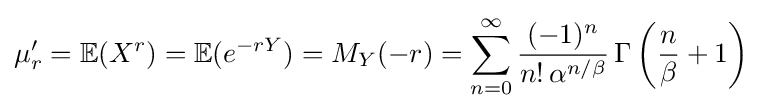
\mu '_{r}=\mathbb {E} (X^{r})=\mathbb {E} (e^{-rY})=M_{Y}(-r)=\sum _{n=0}^{\infty }{\frac {(-1)^{n}}{n!\,\alpha ^{n/\beta }}}\,\Gamma \left({\frac {n}{\beta }}+1\right)